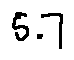
5 . 7